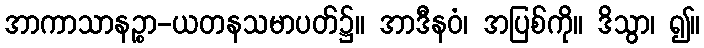
အာကာသာနဉ္စာ-ယတနသမာပတ်၌။ အာဒီနဝံ၊ အပြစ်ကို။ ဒိသွာ၊ ၍။